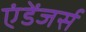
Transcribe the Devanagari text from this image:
एंडेंजर्स